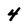
Character: 4